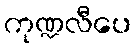
ကုဏ္ဍလီပေ